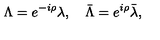
\Lambda = e ^ { - i \rho } \lambda , \quad \bar { \Lambda } = e ^ { i \rho } \bar { \lambda } , \quad